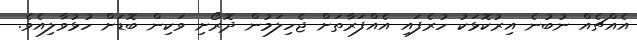
އެއްޗެއް ނުބުނެ އިރުކޮޅަކު ހުރެފައި އެއްފަރާތަށް ޖެހިލަމުން ދޮރޯށި ވަކިން ބޮޑަށް ހުޅުވާލިއެވެ.